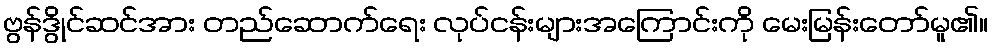
ဗွန်ဒွိုင်ဆင်အား တည်ဆောက်ရေး လုပ်ငန်းများအကြောင်းကို မေးမြန်းတော်မူ၏။